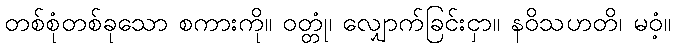
တစ်စုံတစ်ခုသော စကားကို။ ဝတ္တုံ၊ လျှောက်ခြင်းငှာ။ နဝိသဟတိ၊ မဝံ့။